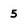
Character: 5